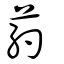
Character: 葯